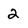
Character: 2